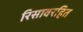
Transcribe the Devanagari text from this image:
रिसावरहित